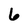
Character: 6